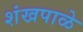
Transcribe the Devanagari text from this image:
शंखपाळे